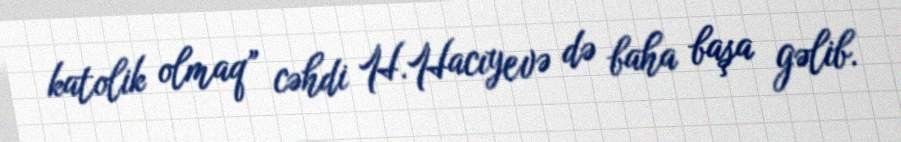
katolik olmaq” cəhdi H.Hacıyevə də baha başa gəlib.